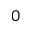
\boldsymbol { 0 }